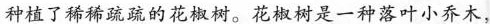
种植了稀稀疏疏的花椒树。花椒树是一种落叶小乔木，